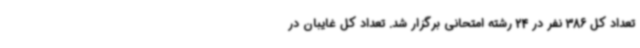
تعداد کل 386 نفر در 24 رشته امتحانی برگزار شد. تعداد کل غایبان در